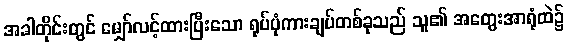
အခါတိုင်းတွင် မျှော်လင့်ထားပြီးသော ရုပ်ပုံကားချပ်တစ်ခုသည် သူ၏ အတွေးအာရုံထဲ၌